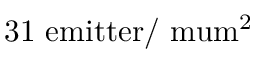
\mathrm { 3 1 ~ e m i t t e r / \ m u m ^ { 2 } }